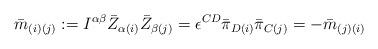
LaTeX: \begin{align*}{\bar m}_{(i)(j)}:=I^{\alpha \beta}{\bar Z}_{\alpha (i)} {\bar Z}_{\beta (j)}=\epsilon^{CD}{\bar \pi}_{D (i)}{\bar \pi}_{C (j)}=-{\bar m}_{(j)(i)}\end{align*}